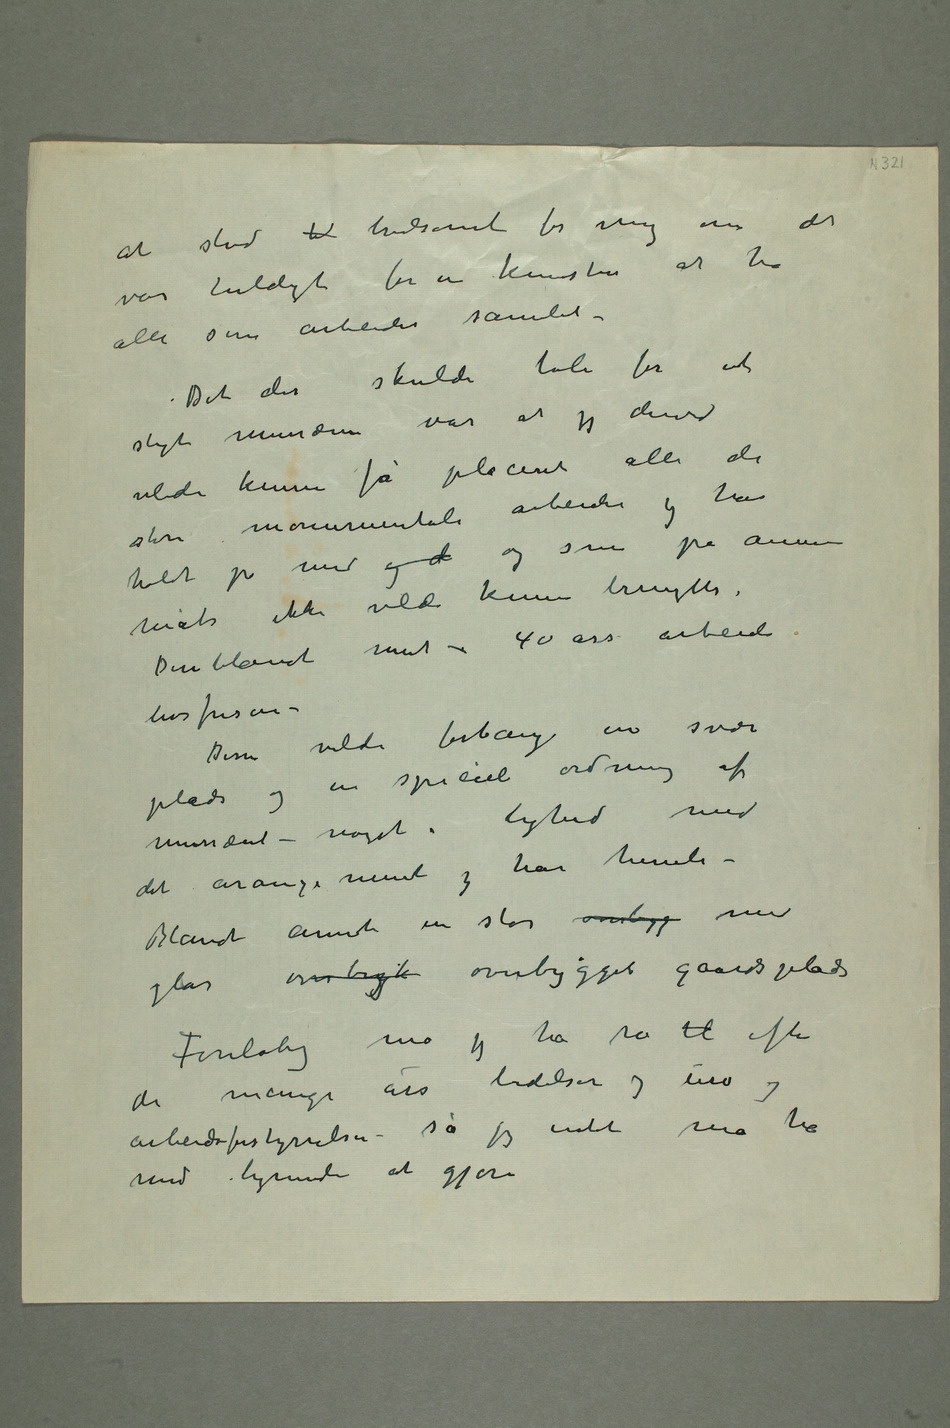
at stod til tvilsomt for mig om det
var heldigt for en kunstner at ha
alle sine arbeider samlet
– Det der skulde tale for et sligt
var at jeg derved
vilde kunne få placeret alle de
holdt på med og d og som på annen
Deriblandt mit – 40 års arbeide
livsfrisen –
Disse vilde forlange en svær
en speciel ordning af
mussæet – noget i lighed med det
Blandt annet en stor overbyg med
glas overbyk overbygget gaardsplads
Foreløbig må jeg ha ro til efter de
lidelser og uro og
arbeidsforstyrrelser – så jeg intet må ha
med lignende at gjøre